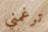
ترغمني